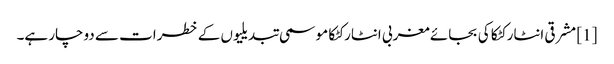
[1] مشرقی انٹارکٹکا کی بجائے مغربی انٹارکٹکا موسمی تبدیلیوں کے خطرات سے دوچار ہے۔